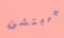
جريتشن